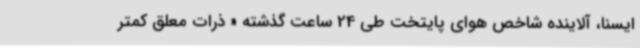
ایسنا، آلاینده شاخص هوای پایتخت طی 24 ساعت گذشته « ذرات معلق کمتر